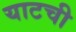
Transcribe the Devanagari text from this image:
याटची